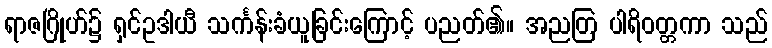
ရာဇဂြိုဟ်၌ ရှင်ဥဒါယီ သင်္ကန်းခံယူခြင်းကြောင့် ပညတ်၏။ အညတြ ပါရိဝတ္တကာ သည်